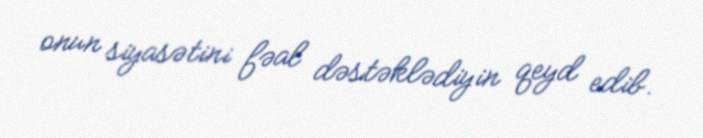
onun siyasətini fəal dəstəklədiyin qeyd edib.